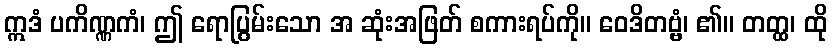
ဣဒံ ပကိဏ္ဏကံ၊ ဤ ရောပြွမ်းသော အ ဆုံးအဖြတ် စကားရပ်ကို။ ဝေဒိတဗ္ဗံ၊ ၏။ တတ္ထ၊ ထို